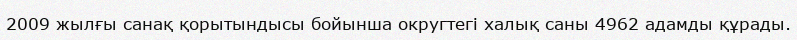
2009 жылғы санақ қорытындысы бойынша округтегі халық саны 4962 адамды құрады.